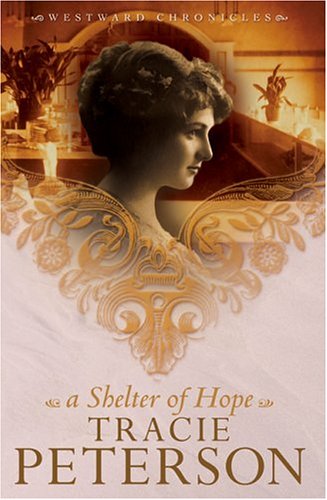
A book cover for A Shelter of Hope (Westward Chronicles, Book 1); Tracie Peterson; Christian Books & Bibles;